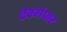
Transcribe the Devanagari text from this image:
देवगंधार